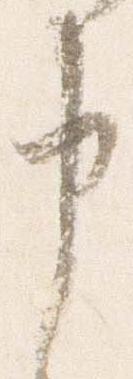
申